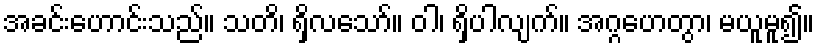
အခင်းဟောင်းသည်။ သတိ၊ ရှိလသော်။ ဝါ၊ ရှိပါလျက်။ အဂ္ဂဟေတွာ၊ မယူမူ၍။